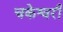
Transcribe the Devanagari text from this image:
चकेश्वरी